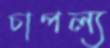
চাপল্য